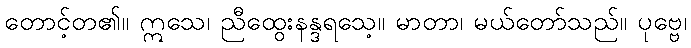
တောင့်တ၏။ ဣသေ၊ ညီထွေးနန္ဒရသေ့။ မာတာ၊ မယ်တော်သည်။ ပုဗ္ဗေ၊